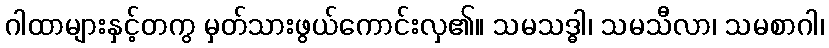
ဂါထာများနှင့်တကွ မှတ်သားဖွယ်ကောင်းလှ၏။ သမသဒ္ဓါ၊ သမသီလာ၊ သမစာဂါ၊